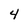
Character: 4